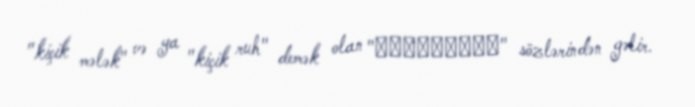
"kiçik mələk" və ya "kiçik ruh" demək olan "δαιμόνιον" sözlərindən gəlir.